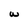
Character: w